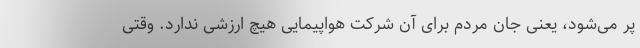
پر می‌شود، یعنی جان مردم برای آن شرکت هواپیمایی هیچ ارزشی ندارد. وقتی